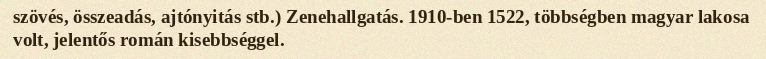
szövés, összeadás, ajtónyitás stb.) Zenehallgatás. 1910-ben 1522, többségben magyar lakosa volt, jelentős román kisebbséggel.